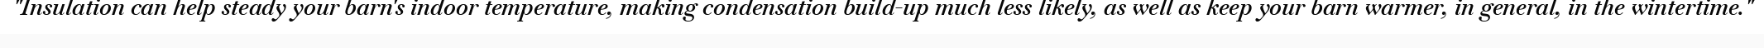
"Insulation can help steady your barn's indoor temperature, making condensation build-up much less likely, as well as keep your barn warmer, in general, in the wintertime."